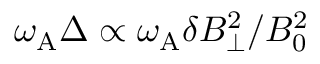
\omega _ { \mathrm { A } } \Delta \propto \omega _ { \mathrm { A } } \delta B _ { \perp } ^ { 2 } / B _ { 0 } ^ { 2 }